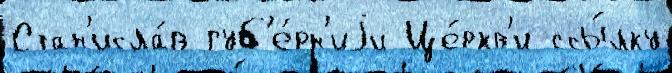
Стан'исла́в губ'е́рн'иjи Це́ркв'и ссы́лку